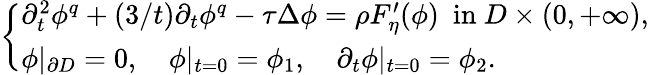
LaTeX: \begin{array}{r}{\left\{ \begin{array}{ll}{\partial_{t}^{2}\phi^{q}+(3/t)\partial_{t}\phi^{q}-\tau\Delta\phi=\rho F_{\eta}^{\prime}(\phi)\ \mathrm{~in~}D\times(0,+\infty),}\\ {\phi|_{\partial D}=0,\quad\phi|_{t=0}=\phi_{1},\quad\partial_{t}\phi|_{t=0}=\phi_{2}.}\end{array}\right.}\end{array}